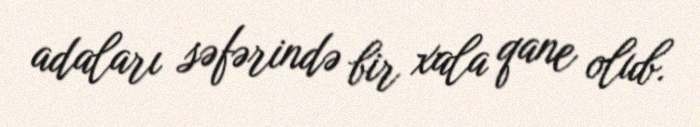
adaları səfərində bir xala qane olub.